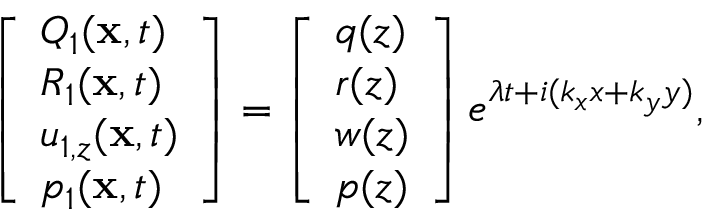
\left[ \begin{array} { l } { Q _ { 1 } ( \mathbf { x } , t ) } \\ { R _ { 1 } ( \mathbf { x } , t ) } \\ { u _ { 1 , z } ( \mathbf { x } , t ) } \\ { p _ { 1 } ( \mathbf { x } , t ) } \end{array} \right] = \left[ \begin{array} { l } { q ( z ) } \\ { r ( z ) } \\ { w ( z ) } \\ { p ( z ) } \end{array} \right] e ^ { \lambda t + i ( k _ { x } x + k _ { y } y ) } ,